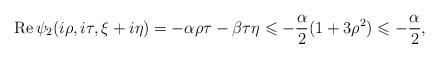
LaTeX: \begin{align*}\operatorname{Re}\psi_2(i\rho,i\tau,\xi+i\eta)=-\alpha\rho\tau-\beta\tau\eta\leqslant -\frac{\alpha}{2}(1+3\rho^2)\leqslant-\frac{\alpha}{2},\end{align*}